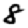
Digit: 8